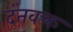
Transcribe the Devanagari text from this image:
दंतवक्त्र